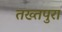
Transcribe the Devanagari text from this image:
तख्तपुरा